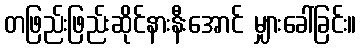
တဖြည်းဖြည်းဆိုင်နားနီးအောင် မျှားခေါ်ခြင်း။